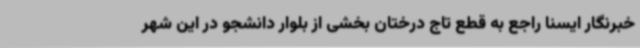
خبرنگار ایسنا راجع به قطع تاج درختان بخشی از بلوار دانشجو در این شهر